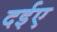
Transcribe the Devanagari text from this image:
दईए